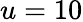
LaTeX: u=10